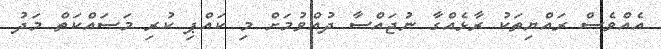
އެއްވެސް ރައްޔިތަކު ރާޅެއްގާ ނުޖައްސާ ދުއްވުމަށް މި ކައްޕި ކުރި މަސައްކަތް މަދު